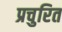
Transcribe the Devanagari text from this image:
प्रचुरित